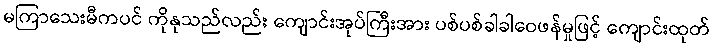
မကြာသေးမီကပင် ကိုနုသည်လည်း ကျောင်းအုပ်ကြီးအား ပစ်ပစ်ခါခါဝေဖန်မှုဖြင့် ကျောင်းထုတ်